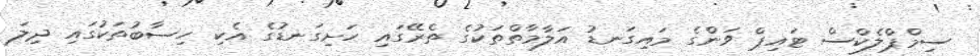
ސިމްޕްލެކްސް ޓައިޕް ވަންގެ މައިގަނޑު އަލާމާތްތަކުގެ ތެރޭގައި ހަށިގަނޑުގެ އެކި ހިސާބުތަކުގައި ދިލަ